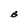
Character: B